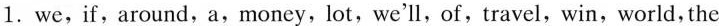
1.we,if,around,a,money,lot,we'll,of,travel,win,world,the